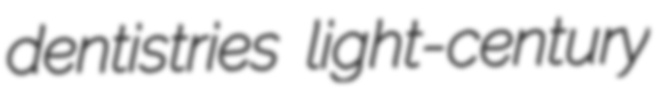
dentistries light-century